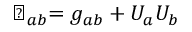
\perp _ { a b } = g _ { a b } + U _ { a } U _ { b }